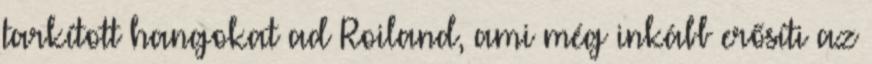
tarkított hangokat ad Roiland, ami még inkább erősíti az